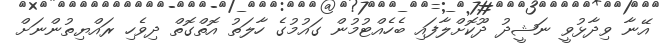
އޭނާ ވިދާޅުވީ ނަޝީދު ދޫކޮށްލާފައި ބެހެއްޓުމުން ގައުުމުގެ ހާލަތު އޮތްގޮތް ދިވެހި ރައްޔިތުންނަށް